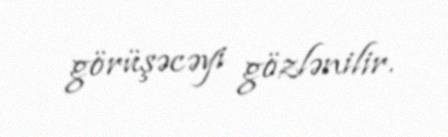
görüşəcəyi gözlənilir.